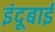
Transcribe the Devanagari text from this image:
इंदूबाई